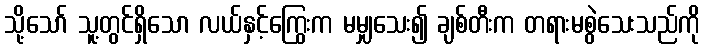
သို့သော် သူ့တွင်ရှိသော လယ်နှင့်ကြွေးက မမျှသေး၍ ချစ်တီးက တရားမစွဲသေးသည်ကို